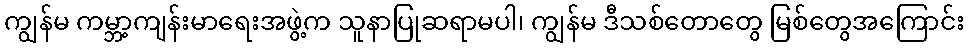
ကျွန်မ ကမ္ဘာ့ကျန်းမာရေးအဖွဲ့က သူနာပြုဆရာမပါ၊ ကျွန်မ ဒီသစ်တောတွေ မြစ်တွေအကြောင်း